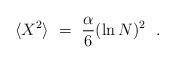
\begin{align*} \langle X^2 \rangle ~=~ \frac{\alpha}{6} (\ln N)^2 ~~.\end{align*}